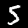
Digit: 5